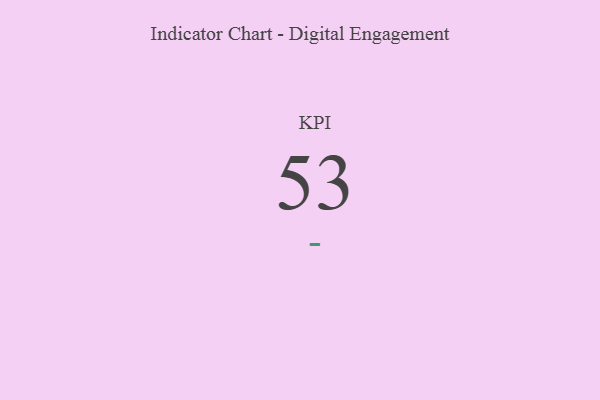
{"axis": {"x": "KPI", "y": "Value"}, "legend": [""], "data": [{"x": "KPI", "y": 53, "type": ""}]}